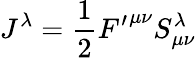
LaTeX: J^{\lambda}=\frac{1}{2}{F^{\prime}}^{{\mu}{\nu}}S_{{\mu}{\nu}}^{\lambda}